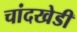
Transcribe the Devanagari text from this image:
चांदखेडी